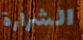
الشرارة